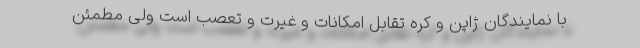
با نمایندگان ژاپن و کره تقابل امکانات و غیرت و تعصب است ولی مطمئن